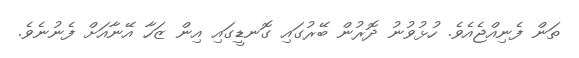
ތަން ފެނިއްޖެއެވެ. ހުޅުވުނު ދޮރުން ބޭރުގައި ގޮނޑީގައި އިން ޒަހާ އޭނާއަށް ފެނުނެވެ.